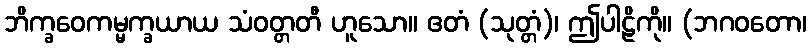
ဘိက္ခဝေကမ္မက္ခယာယ သံဝတ္တတီ ဟူသော။ ဧတံ (သုတ္တံ)၊ ဤပါဠိကို။ (ဘဂဝတော၊